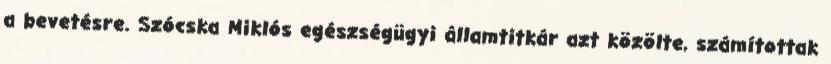
a bevetésre. Szócska Miklós egészségügyi államtitkár azt közölte, számítottak